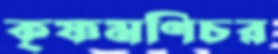
কৃষ্ণমণিচর